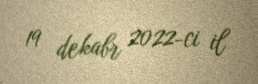
19 dekabr 2022-ci il